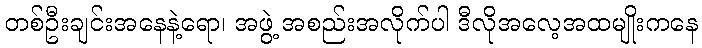
တစ်ဦးချင်းအနေနဲ့ရော၊ အဖွဲ့ အစည်းအလိုက်ပါ ဒီလိုအလေ့အထမျိုးကနေ